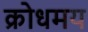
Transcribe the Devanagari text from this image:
क्रोधमय